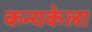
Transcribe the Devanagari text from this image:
कन्यकेला